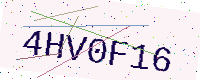
Text: 4HV0F16